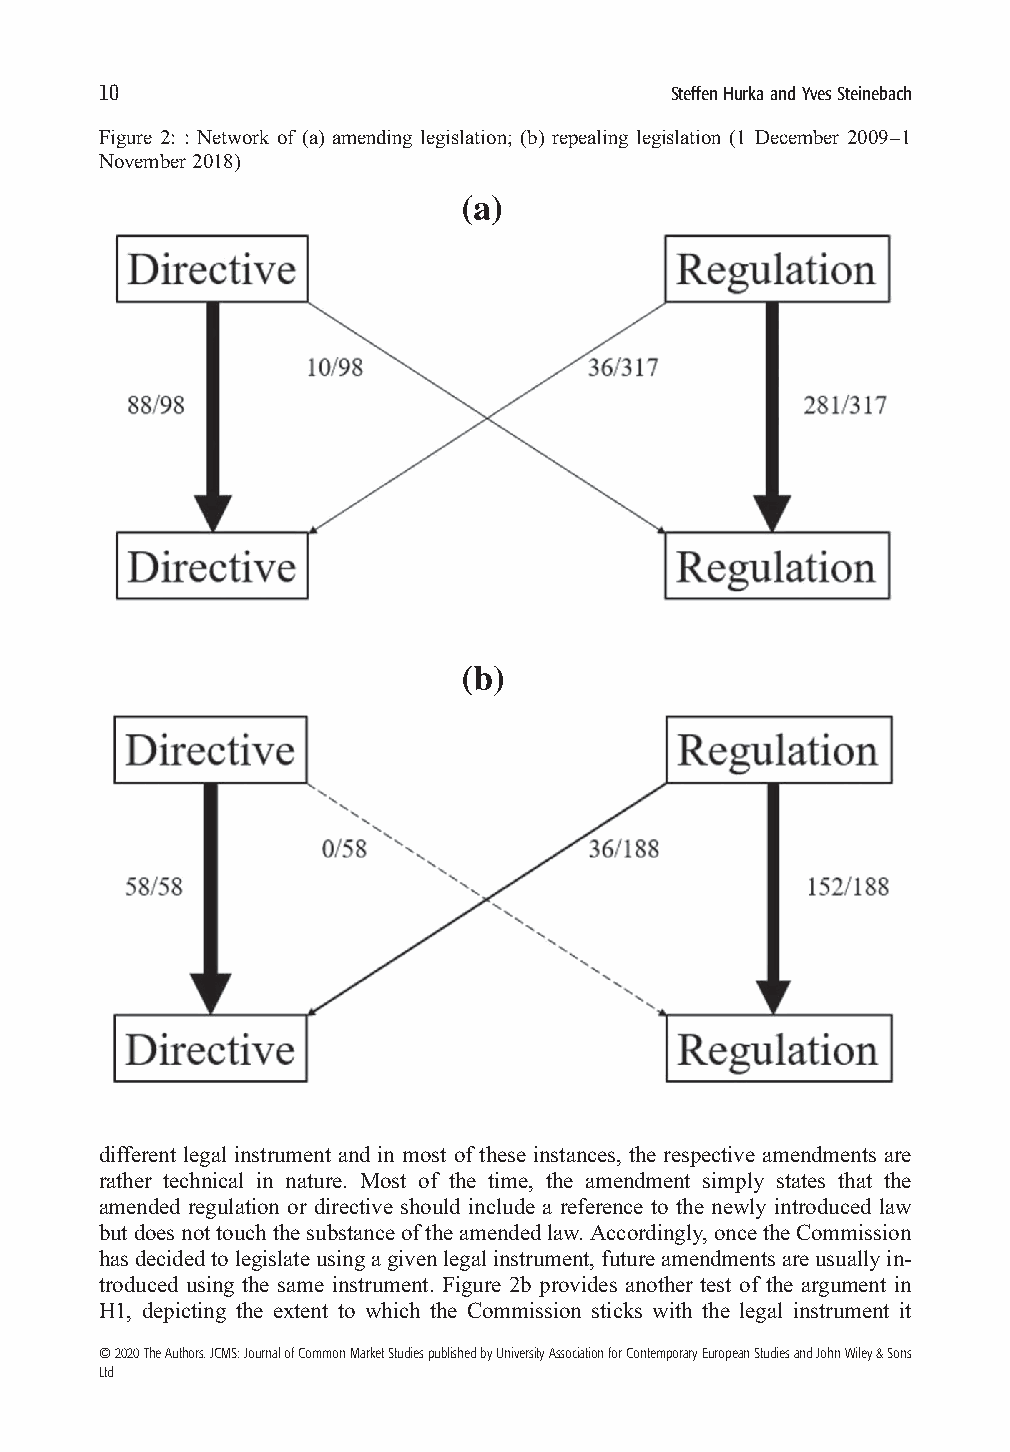
10
 SteffenHurkaandYvesSteinebach
 Figure 2: : Network of (a) amending legislation; (b) repealing legislation (1 December 2009–1
 November 2018)
 different legal instrument and in most of these instances, the respective amendments are
 rather technical in nature. Most of the time, the amendment simply states that the
 amended regulation or directive should include a reference to the newly introduced law
 butdoesnottouchthesubstanceoftheamendedlaw.Accordingly,oncetheCommission
 hasdecidedtolegislateusingagivenlegalinstrument,futureamendmentsareusuallyin-
 troduced using the same instrument. Figure 2b provides another test of the argument in
 H1, depicting the extent to which the Commission sticks with the legal instrument it
 ©2020TheAuthors.JCMS:JournalofCommonMarketStudiespublishedbyUniversityAssociationforContemporaryEuropeanStudiesandJohnWiley&Sons
 Ltd